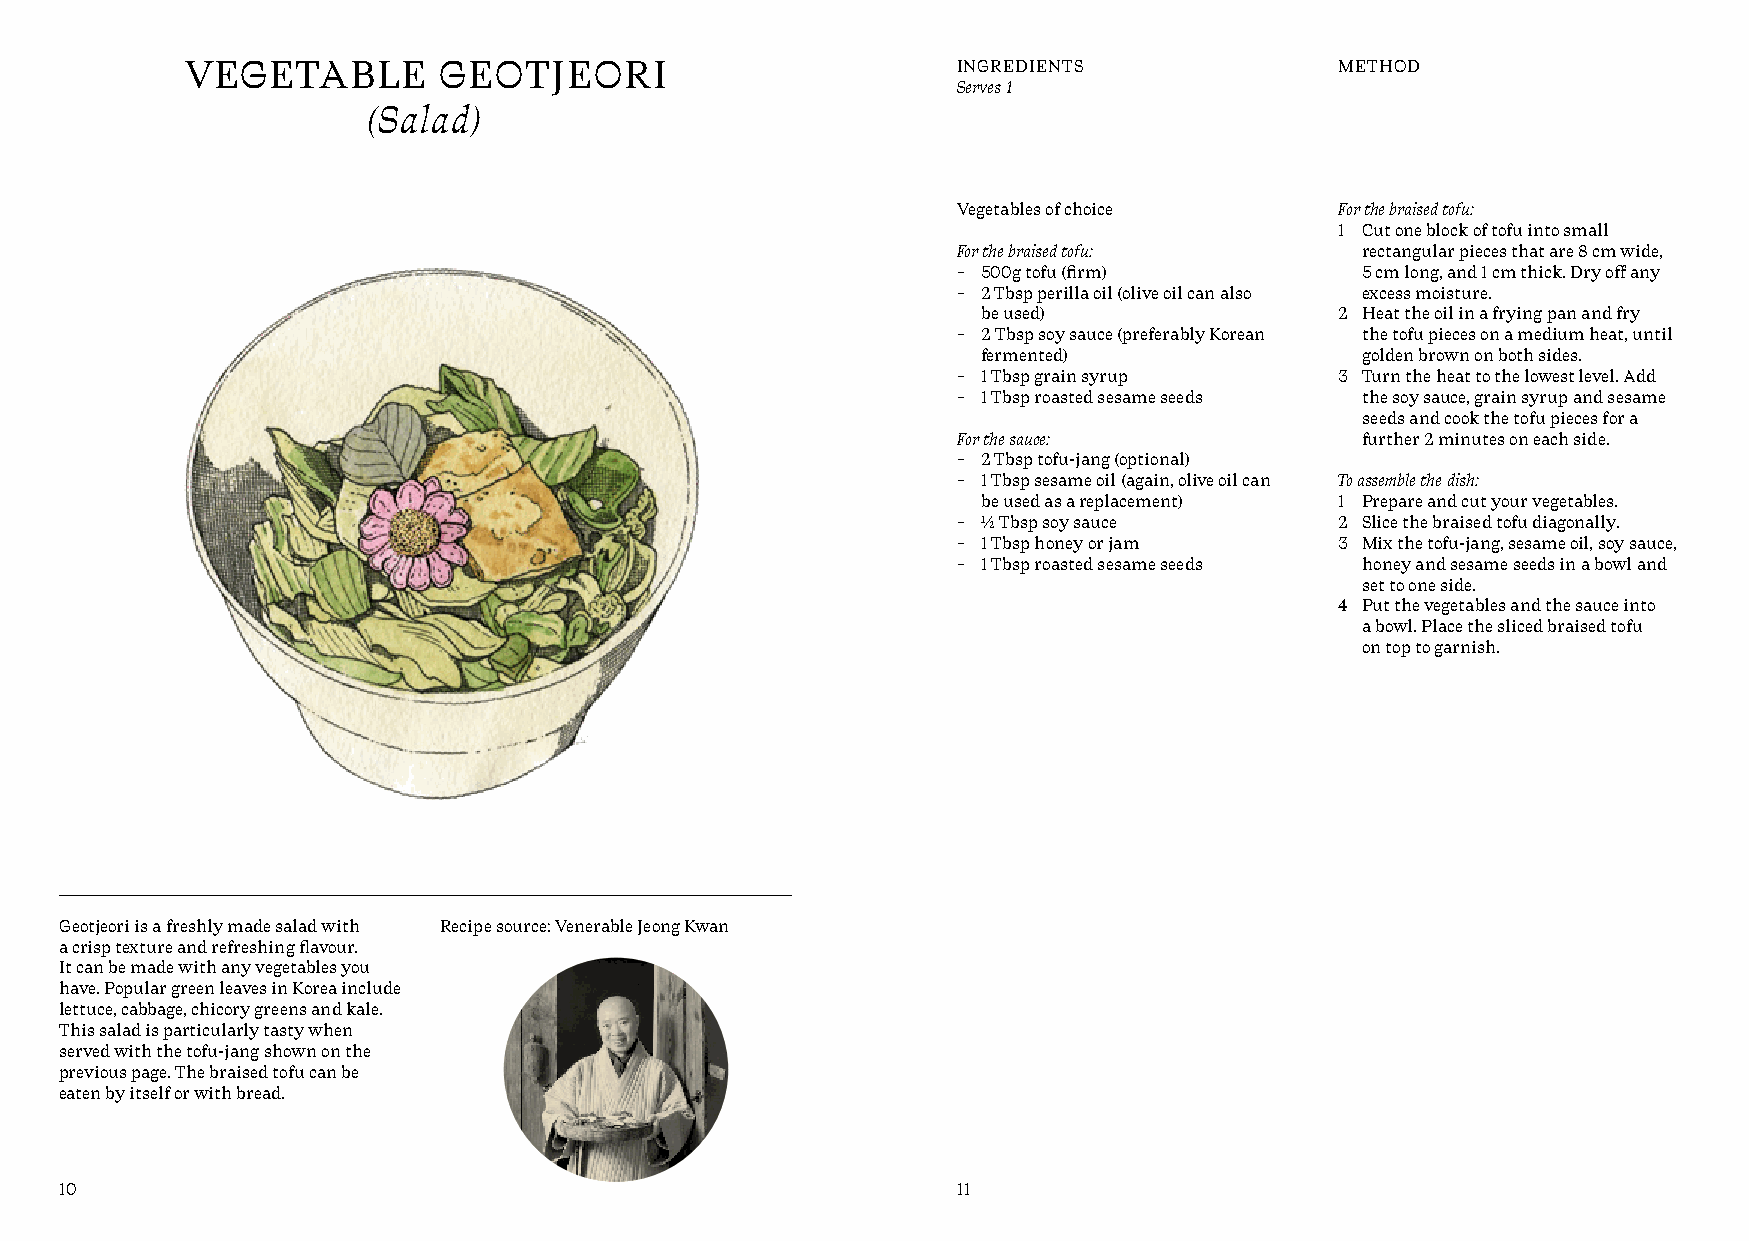
VEGETABLE        GEOTJEORI                         INGREDIENTS               METHOD
 Serves 1
 (Salad)
 Vegetables of choice      For the braised tofu:
 1 Cut one block of tofu into small
 For the braised tofu:      rectangular pieces that are 8 cm wide,
 – 500g tofu (firm)         5 cm long, and 1 cm thick. Dry off any
 – 2 Tbsp perilla oil (olive oil can also excess moisture.
 be used)                2 Heat the oil in a frying pan and fry
 – 2 Tbsp soy sauce (preferably Korean the tofu pieces on a medium heat, until
 fermented)               golden brown on both sides.
 – 1 Tbsp grain syrup      3 Turn the heat to the lowest level. Add
 – 1 Tbsp roasted sesame seeds the soy sauce, grain syrup and sesame
 seeds and cook the tofu pieces for a
 For the sauce:             further 2 minutes on each side.
 – 2 Tbsp tofu-jang (optional)
 – 1 Tbsp sesame oil (again, olive oil can To assemble the dish:
 be used as a replacement) 1 Prepare and cut your vegetables.
 – ½ Tbsp soy sauce        2 Slice the braised tofu diagonally.
 – 1 Tbsp honey or jam     3 Mix the tofu-jang, sesame oil, soy sauce,
 – 1 Tbsp roasted sesame seeds honey and sesame seeds in a bowl and
 set to one side.
 4 Put the vegetables and the sauce into
 a bowl. Place the sliced braised tofu
 on top to garnish.
 Geotjeori is a freshly made salad with Recipe source: Venerable Jeong Kwan
 a crisp texture and refreshing flavour.
 It can be made with any vegetables you
 have. Popular green leaves in Korea include
 lettuce, cabbage, chicory greens and kale.
 This salad is particularly tasty when
 served with the tofu-jang shown on the
 previous page. The braised tofu can be
 eaten by itself or with bread.
 10                                                         11